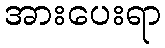
အားပေးရာ